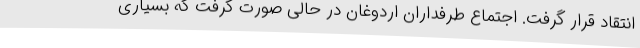
انتقاد قرار گرفت. اجتماع طرفداران اردوغان در حالی صورت گرفت که بسیاری